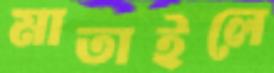
মাতাইলে